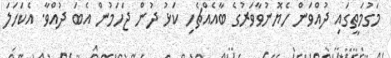
މަގުމަތީގައި ދުއްވަން ހެޔޮނުވާވަރުގެ ބާއެއްޗެހި ކަޅު ދުން ޖަހަމުން އެބަ ދުއްވާ. އެކަހަލަ